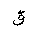
Letter: _qaf